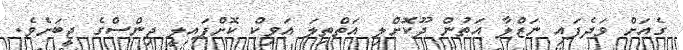
ގެއަށް ވަދެފައި ނަޒްލާ އަތުން ދޫކޮށްލި އަތްތިލަ އަވިކް ކޮށްޕައިލީ ޖިންސްގެ ޖީބަށެވެ.